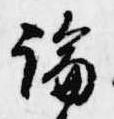
論